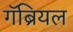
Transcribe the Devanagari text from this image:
गॅब्रियल